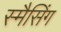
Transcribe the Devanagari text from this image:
स्मैसिंग